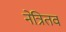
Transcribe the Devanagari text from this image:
नेत्रितव